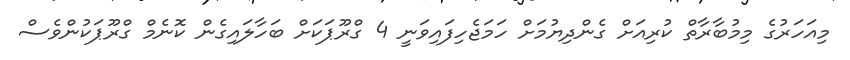
މިއަހަރުގެ މިމުބާރާތް ކުރިއަށް ގެންދިޔުމަށް ހަމަޖެހިފައިވަނީ 4 ގްރޫޕަކަށް ބަހާލައިގެން ކޮނެމް ގްރޫޕަކުންވެސް